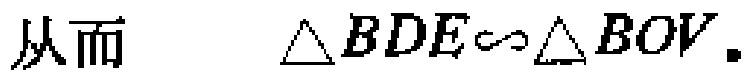
从而 $\triangle BDE\sim\triangle BOV.$